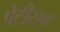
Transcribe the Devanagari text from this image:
पेटीसन